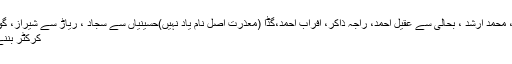
ٹیم میں کریڑ سے شفقت شاہجہان ، محمد یوسف ، محمد ارشد ، بحالی سے عقیل احمد، راجہ ذاکر، افراب احمد،گڈا (معذرت اصل نام یاد نہیں)حسینیاں سے سجاد ، ریاڑ سے شیراز، گوجری سے عادل اور عاشق (مرحوم ) شامل تھے
کرکٹر بننے کے شوق نے کالج میں بھی پیچھا نہیں چھوڑا ۔